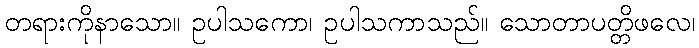
တရားကိုနာသော။ ဥပါသကော၊ ဥပါသကာသည်။ သောတာပတ္တိဖလေ၊